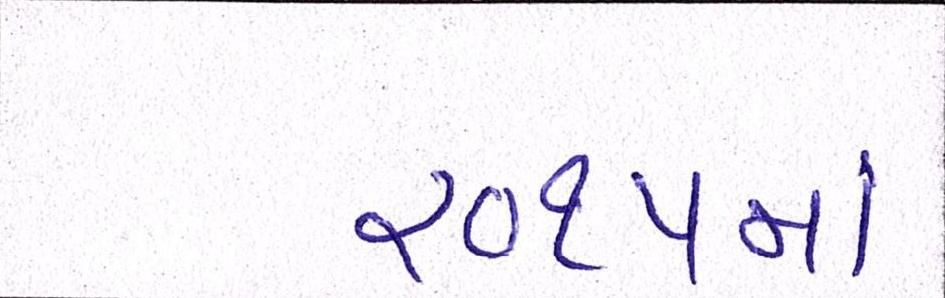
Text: ૨૦૧૫માં